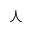
\curlywedge